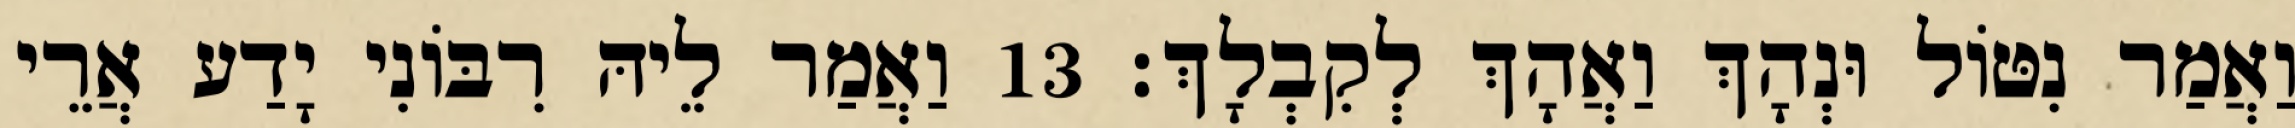
וַאֲמַר נִטּוֹל וּנְהָךְ וַאֲהָךְ לְקִבְלָךְ׃ 13 וַאֲמַר לֵיהּ רִבּוֹנִי יָדַע אֲרֵי